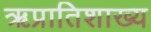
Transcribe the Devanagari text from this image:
ऋप्रातिशाख्य